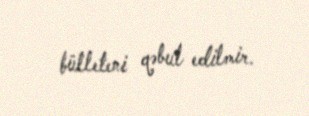
bülleteni qəbul edilmir.